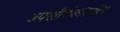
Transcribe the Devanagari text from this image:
उपशीर्षकांसहित